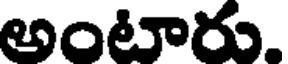
అంటారు.